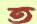
ত